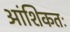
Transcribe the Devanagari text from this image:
आंशिकतः